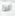
لذا